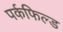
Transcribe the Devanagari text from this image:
पर्कफिल्ड